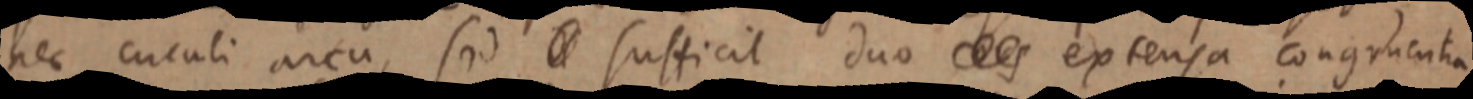
nec cuculi arcu, sed _ sufficit duo _ extensa congruentia